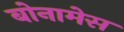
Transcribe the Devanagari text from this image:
बोनामेस